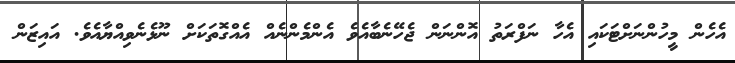
އެހެން މީހުންނަށްޓަކައި އެހާ ނަފްރަތު އޮންނަން ޖެހޭނެބާއެވެ އެންމެންނެއް އެއްގޮތަކަށް ނޫޅެނެވިއްޔާއެވެ. އައިޒަން